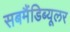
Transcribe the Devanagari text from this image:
सबमैंडिब्यूलर